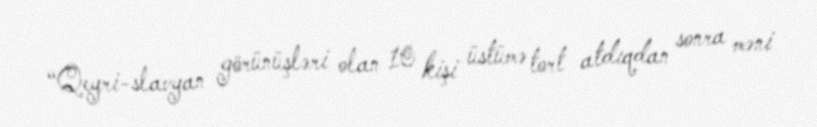
“Qeyri-slavyan görünüşləri olan 10 kişi üstümə tort atdıqdan sonra məni